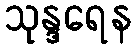
သုန္ဒရေန